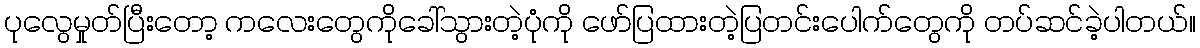
ပုလွေမှုတ်ပြီးတော့ ကလေးတွေကိုခေါ်သွားတဲ့ပုံကို ဖော်ပြထားတဲ့ပြတင်းပေါက်တွေကို တပ်ဆင်ခဲ့ပါတယ်။